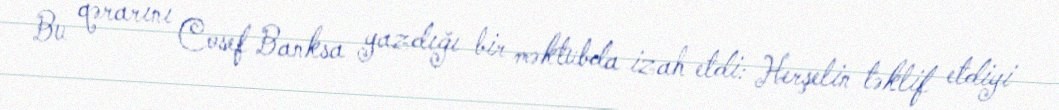
Bu qərarını Cosef Banksa yazdığı bir məktubda izah etdi: Herşelin təklif etdiyi